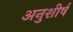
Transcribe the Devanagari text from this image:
अनुशीर्ष